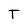
Character: T